Problem: 24 + 20 = ?
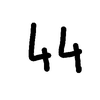
Handwritten answer: 44